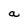
Character: a